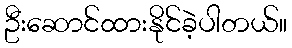
ဦးဆောင်ထားနိုင်ခဲ့ပါတယ်။